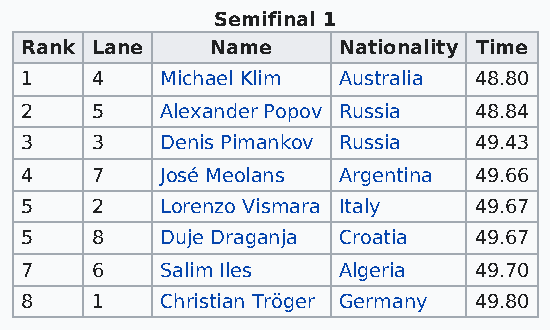
Semifinal 1
 Rank Lane    Name    Nationality Time
 1    4    Michael Klim Australia 48.80
 2    5    Alexander Popov Russia 48.84
 3    3    Denis Pimankov Russia 49.43
 4    7    José Meolans Argentina 49.66
 5    2    Lorenzo Vismara Italy 49.67
 5    8    Duje Draganja Croatia 49.67
 7    6    Salim Iles Algeria  49.70
 8    1    Christian Tröger Germany 49.80